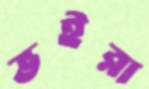
ভইরা